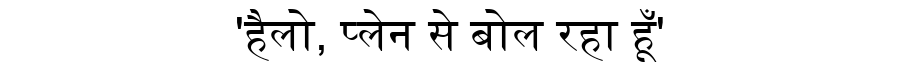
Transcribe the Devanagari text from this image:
'हैलो, प्लेन से बोल रहा हूँ'